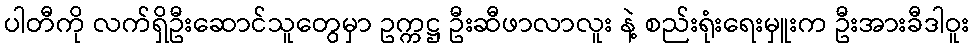
ပါတီကို လက်ရှိဦးဆောင်သူတွေမှာ ဥက္ကဋ္ဌ ဦးဆီဖာလာလူး နဲ့ စည်းရုံးရေးမှူးက ဦးအားခီဒါဝူး